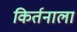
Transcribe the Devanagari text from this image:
किर्तनाला